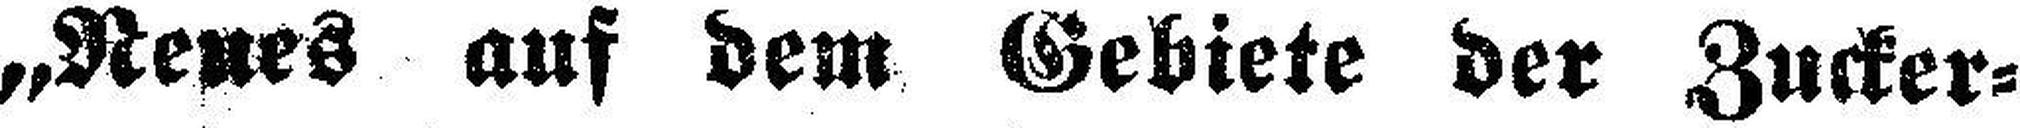
„Neues auf dem Gebiete der Zucker¬